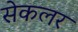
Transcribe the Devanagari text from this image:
सेकलर